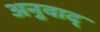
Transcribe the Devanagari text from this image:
अनुवाद्